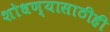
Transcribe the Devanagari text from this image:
शोधण्यासाठीही